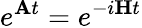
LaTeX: e^{\mathbf{A}t}=e^{-i\mathbf{H}t}